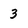
Character: 3